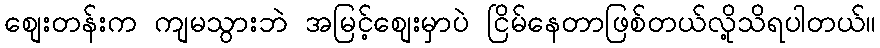
စျေးတန်းက ကျမသွားဘဲ အမြင့်စျေးမှာပဲ ငြိမ်နေတာဖြစ်တယ်လို့သိရပါတယ်။